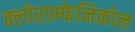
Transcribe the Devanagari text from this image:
क्लोराम्फेनिकोल